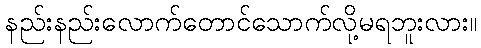
နည်းနည်းလောက်တောင်သောက်လို့မရဘူးလား။